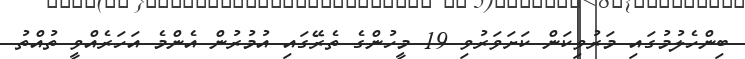
ބިންހެލުމުގައި މަރުވިކަން ކަށަވަރުވި 19 މީހުންގެ ތެރޭގައި އުމުރުން އެންމެ އަހަރެއްވީ ތުއްތު